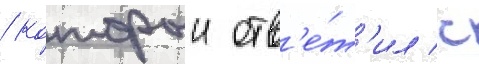
/ которыи отв'е́т'ил с